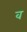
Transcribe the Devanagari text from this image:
व